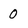
Character: 0